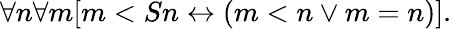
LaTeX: \forall n\forall m[m<Sn\leftrightarrow(m<n\lor m=n)].